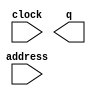
module bg (
	address,
	clock,
	q);
	input	[9:0]  address;
	input	  clock;
	output	[23:0]  q;
`ifndef ALTERA_RESERVED_QIS
// synopsys translate_off
`endif
	tri1	  clock;
`ifndef ALTERA_RESERVED_QIS
// synopsys translate_on
`endif
endmodule